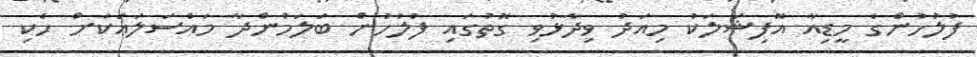
ފުލުހުންގެ މީޑިއާ އޮފިޝަލަކު މިއަދު ވިދާޅުވި ގޮތުގައި ފުލުހުން ބަލަމުންދާ މައްސަލައަކަށް ހެކި